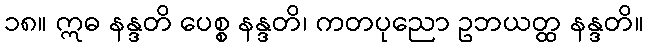
၁၈။ ဣဓ နန္ဒတိ ပေစ္စ နန္ဒတိ၊ ကတပုညော ဥဘယတ္ထ နန္ဒတိ။